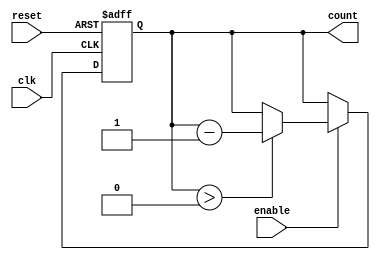
module down_counter (
    input wire clk,          // Clock signal
    input wire enable,       // Enable signal
    input wire reset,        // Asynchronous reset signal
    output reg [N-1:0] count // Current value of the counter
);
    parameter MAX_VALUE = 15; // Maximum value for the counter
    localparam N = $clog2(MAX_VALUE + 1); // Number of bits required

    // Asynchronous reset and counting logic
    always @(posedge clk or posedge reset) begin
        if (reset) begin
            count <= MAX_VALUE; // Reset to maximum value
        end else if (enable) begin
            if (count > 0) begin
                count <= count - 1; // Decrement the counter
            end
        end
    end

    // Initialize count to maximum value
    initial begin
        count = MAX_VALUE;
    end
endmodule